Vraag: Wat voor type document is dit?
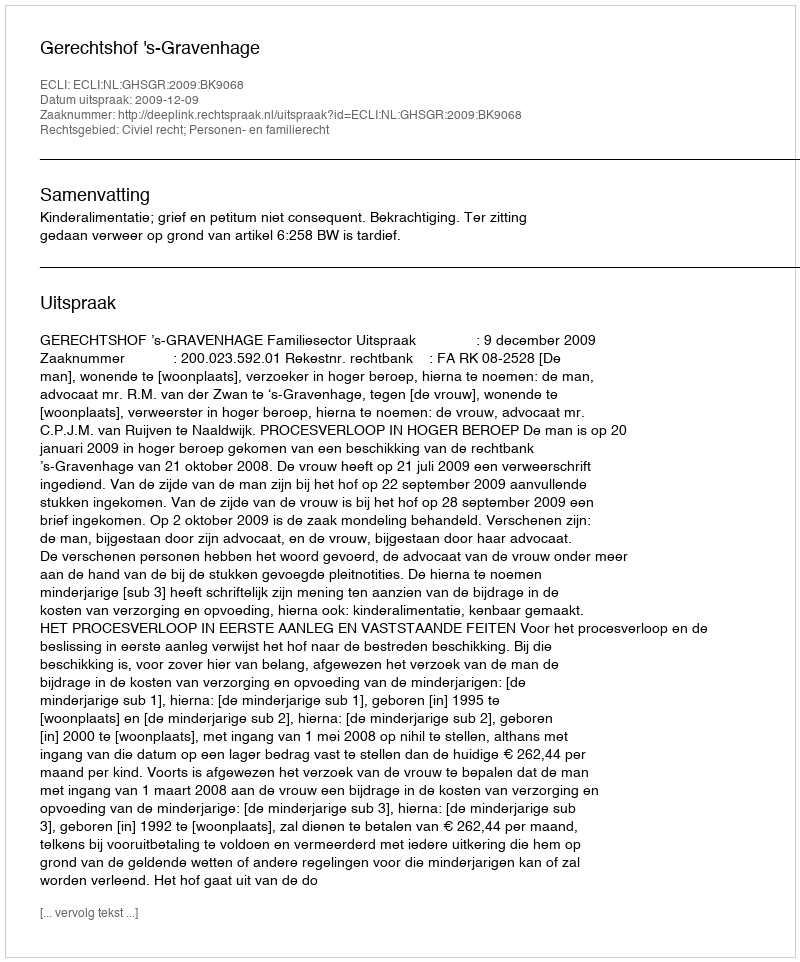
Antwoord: Uitspraak